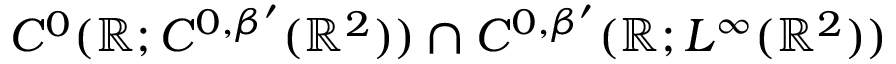
C ^ { 0 } ( \ensuremath { \mathbb { R } } ; C ^ { 0 , \beta ^ { \prime } } ( \ensuremath { \mathbb { R } } ^ { 2 } ) ) \cap C ^ { 0 , \beta ^ { \prime } } ( \ensuremath { \mathbb { R } } ; L ^ { \infty } ( \ensuremath { \mathbb { R } } ^ { 2 } ) )